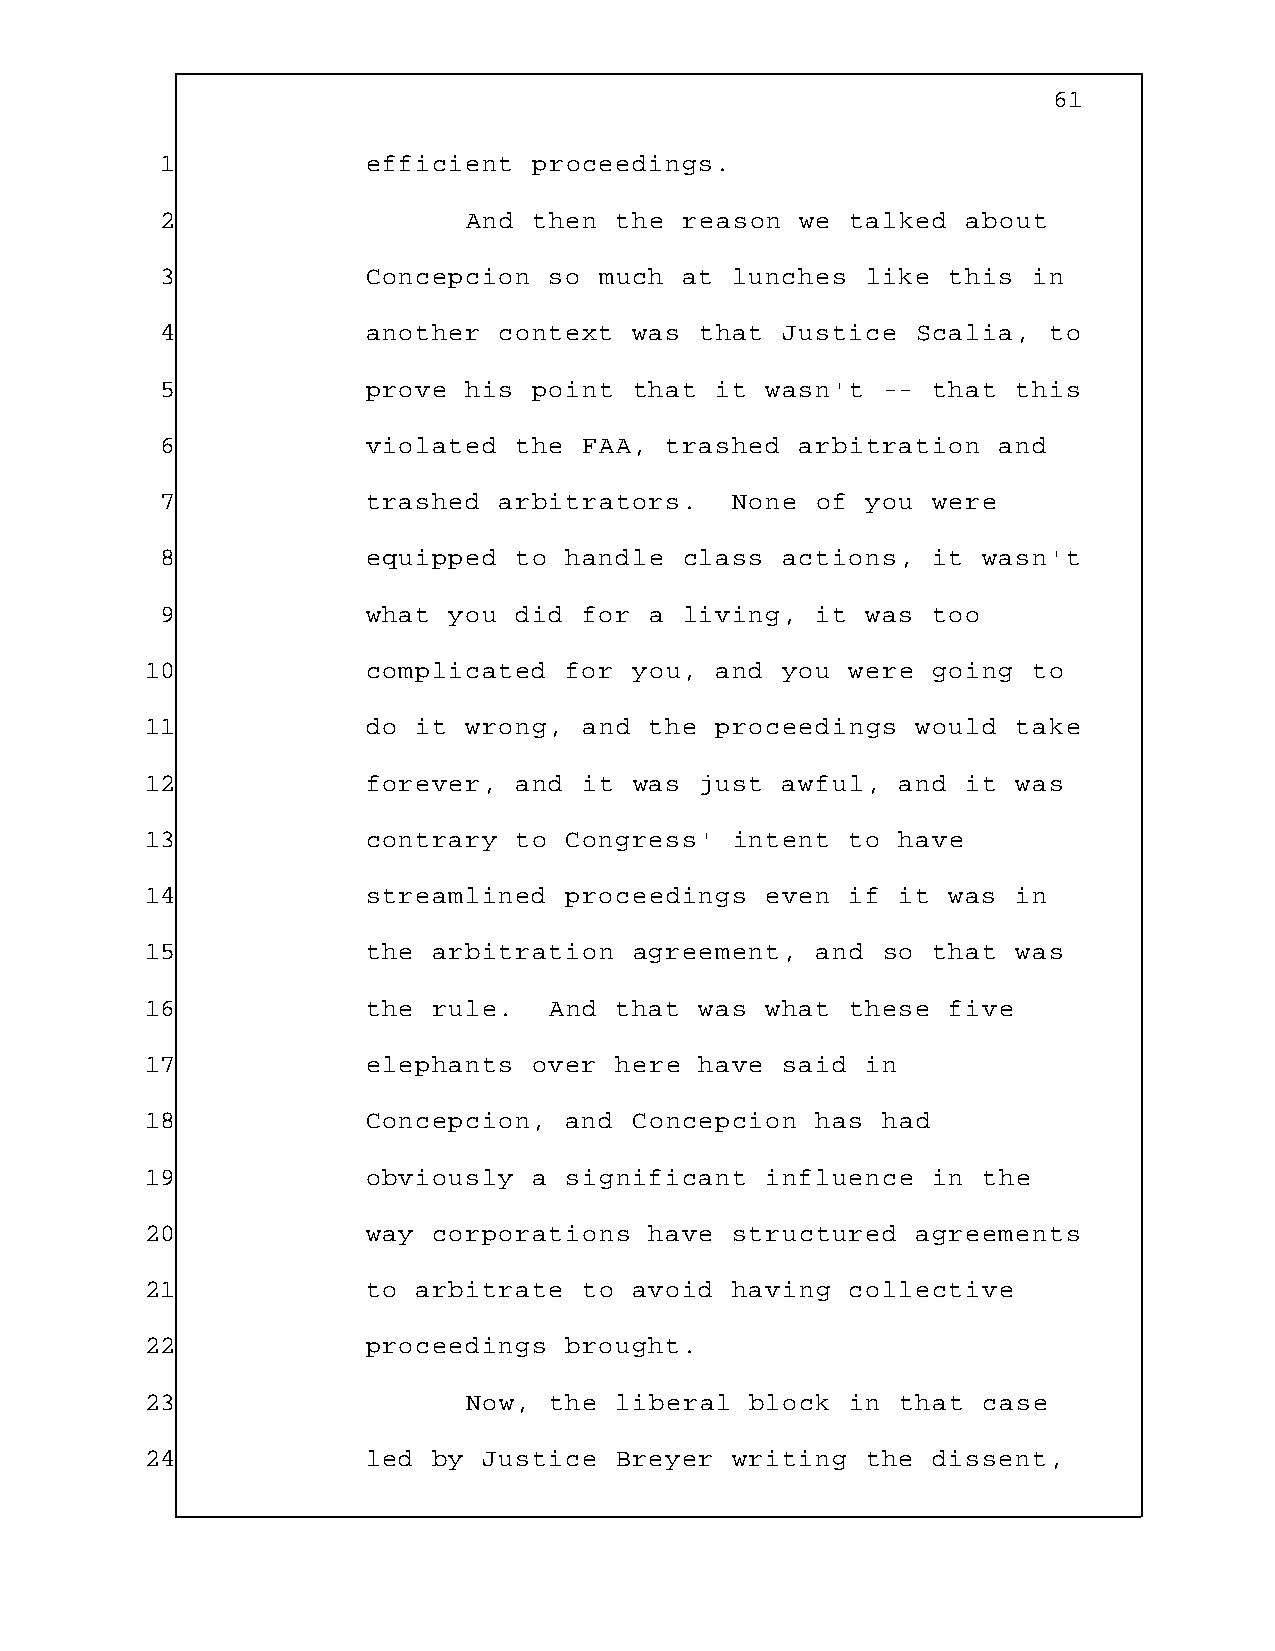
61
 1            efficient  proceedings.
 2                   And then  the reason  we talked  about
 3            Concepcion  so  much at lunches  like  this in
 4            another  context  was that  Justice  Scalia, to
 5            prove  his point  that it  wasn't --  that this
 6            violated  the  FAA, trashed  arbitration  and
 7            trashed  arbitrators.    None of you  were
 8            equipped  to handle  class  actions,  it wasn't
 9            what  you did  for a living,  it was  too
 10            complicated  for  you, and  you were  going to
 11            do  it wrong,  and the proceedings   would take
 12            forever,  and  it was just  awful,  and it was
 13            contrary  to Congress'   intent to  have
 14            streamlined  proceedings   even if  it was in
 15            the  arbitration  agreement,  and so  that was
 16            the  rule.  And  that was  what these  five
 17            elephants  over  here have  said in
 18            Concepcion,  and  Concepcion  has had
 19            obviously  a significant   influence  in the
 20            way  corporations  have structured   agreements
 21            to  arbitrate  to avoid having  collective
 22            proceedings  brought.
 23                   Now, the  liberal  block in  that case
 24            led  by Justice  Breyer  writing the  dissent,